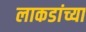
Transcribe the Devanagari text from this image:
लाकडांच्या